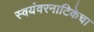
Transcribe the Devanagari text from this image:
स्वयंवरनाटिकेचा